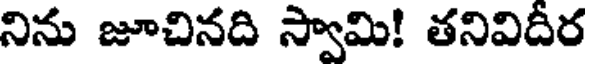
నిను జూచినది స్వామి! తనివిదీర